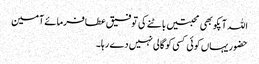
اللہ آپکو بھی محبتیں باٹنے کی توفیق عطافرمائے آمین
حضور یہاں کوئی کسی کو گالی نہیں دے رہا۔